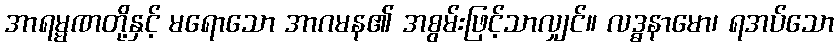
အာရမ္မဏတို့နှင့် မရောသော အာဂမန၏ အစွမ်းဖြင့်သာလျှင်။ လဒ္ဓနာမော၊ ရအပ်သော